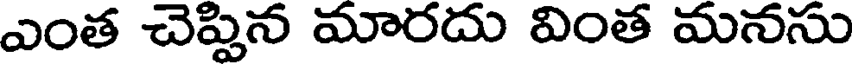
ఎంత చెప్పిన మారదు వింత మనసు